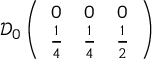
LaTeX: \mathcal { D } _ { 0 } \left( \begin{array} { c c c } { { 0 } } & { { 0 } } & { { 0 } } \\ { { \frac { 1 } { 4 } } } & { { \frac { 1 } { 4 } } } & { { \frac { 1 } { 2 } } } \end{array} \right)